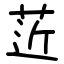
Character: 菦